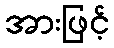
အားဖြင့်